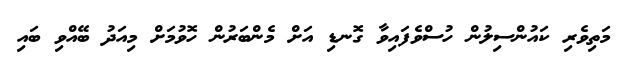
މަތިވެރި ކައުންސިލުން ހުސްވެފައިވާ ގޮނޑި އަށް މެންބަރުން ހޮވުމަށް މިއަދު ބޭއްވި ބައި